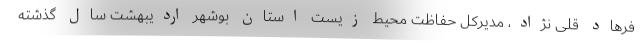
فرهاد قلی نژاد، مدیرکل حفاظت محیط زیست استان بوشهر اردیبهشت سال گذشته